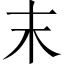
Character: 末